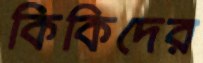
কিকিদের